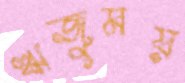
ঋজুময়